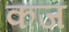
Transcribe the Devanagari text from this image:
कज